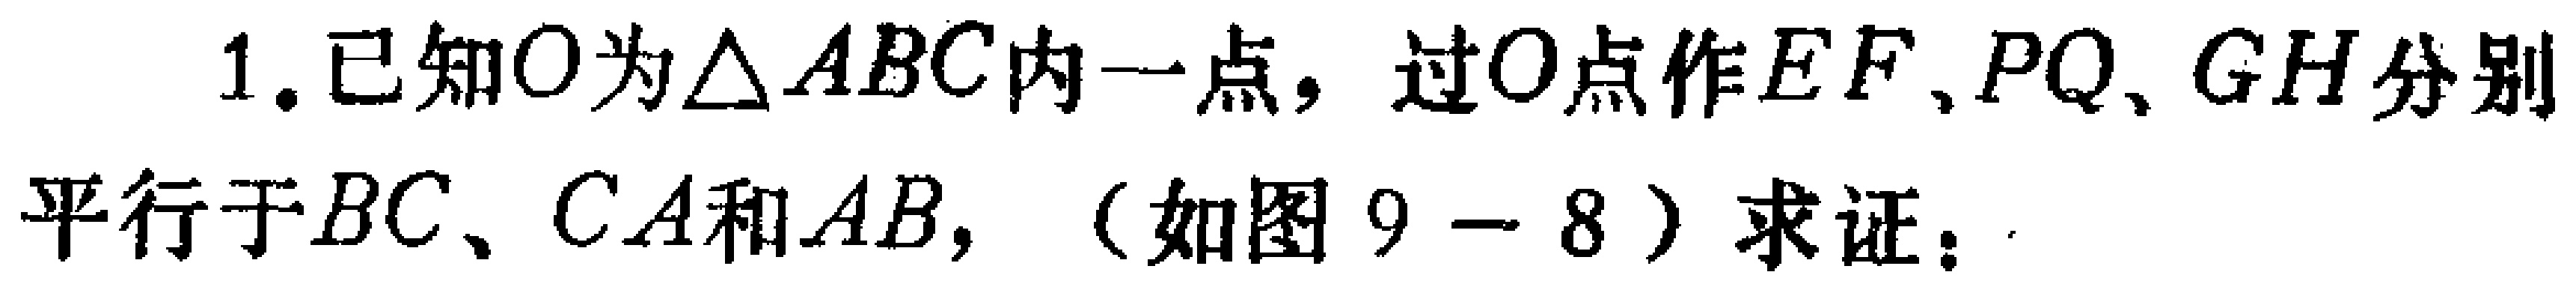
1. 已知\(O\)为\(\triangle ABC\)内一点，过\(O\)点作\(EF\)、\(PQ\)、\(GH\)分别平行于\(BC\)、\(CA\)和\(AB\)，（如图\(9 - 8\)）求证：